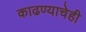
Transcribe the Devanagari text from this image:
काढण्याचेही